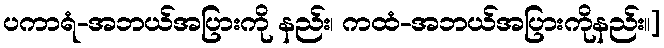
ပကာရံ-အဘယ်အပြားကို နည်း၊ ကထံ-အဘယ်အပြားကိုနည်း။]